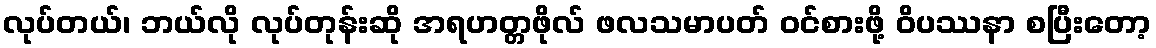
လုပ်တယ်၊ ဘယ်လို လုပ်တုန်းဆို အရဟတ္တဖိုလ် ဖလသမာပတ် ဝင်စားဖို့ ဝိပဿနာ စပြီးတော့